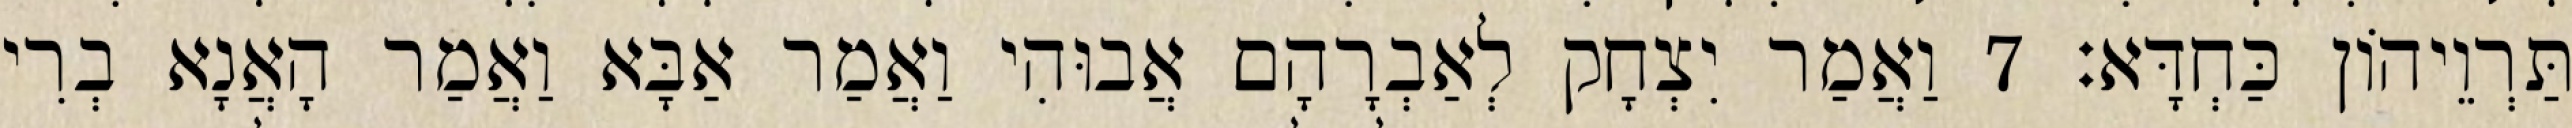
תַּרְוֵיהוֹן כַּחְדָּא׃ 7 וַאֲמַר יִצְחָק לְאַבְרָהָם אֲבוּהִי וַאֲמַר אַבָּא וַאֲמַר הָאֲנָא בְרִי